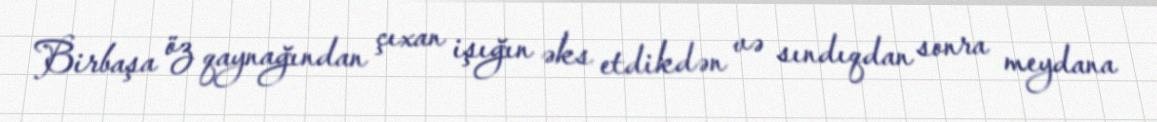
Birbaşa öz qaynağından çıxan işığın əks etdikdən və sındıqdan sonra meydana